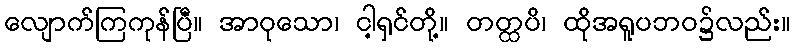
လျောက်ကြကုန်ပြီ။ အာဝုသော၊ ငါ့ရှင်တို့။ တတ္ထပိ၊ ထိုအရူပဘဝ၌လည်း။